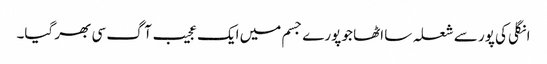
انگلی کی پور سے شعلہ سا اٹھا جو پورے جسم میں ایک عجیب آگ سی بھر گیا۔